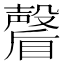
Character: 𭿩